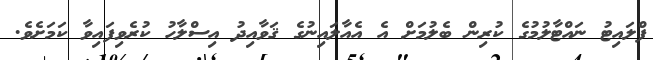
ފްލައިޓު ނައްޓާލުމުގެ ކުރިން ބެލުމަށް އެ އެއާލައިނުގެ ޤަވާއިދު އިސްލާހު ކުރެވިފައިވާ ކަމަށެވެ.